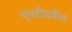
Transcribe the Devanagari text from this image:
एण्टीबडीज